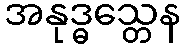
အနုဒ္ဓသ္တေန